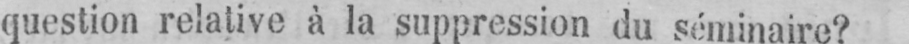
question relative à la suppression du séminaire?